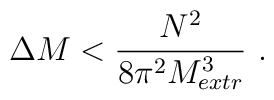
\Delta M < {N^2\over 8\pi^2 M^3_{extr}} \ .